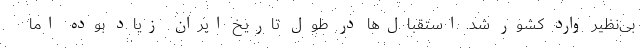
بی‌نظیر وارد کشور شد. استقبال‌ها در طول تاریخ ایران زیاد بوده اما